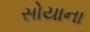
સોયાના